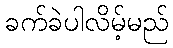
ခက်ခဲပါလိမ့်မည်